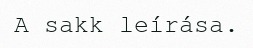
A sakk leírása.